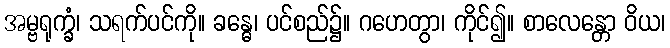
အမ္ဗရုက္ခံ၊ သရက်ပင်ကို။ ခန္ဓေ၊ ပင်စည်၌။ ဂဟေတွာ၊ ကိုင်၍။ စာလေန္တော ဝိယ၊